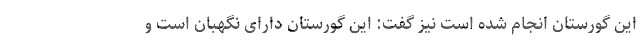
این گورستان انجام شده است نیز گفت: این گورستان دارای نگهبان است و